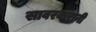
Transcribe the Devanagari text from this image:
सावरकरानी